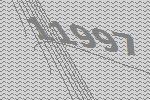
11997